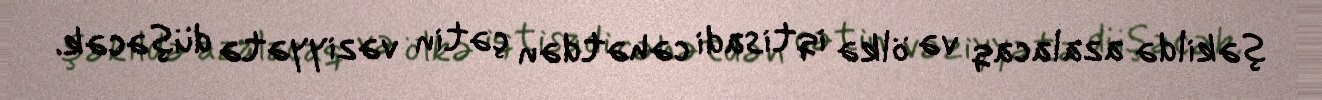
şəkildə azalacaq və ölkə iqtisadi cəhətdən çətin vəziyyətə düşəcək.